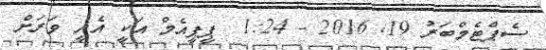
ސެޕްޓެމްބަރު 19